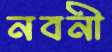
নবনী